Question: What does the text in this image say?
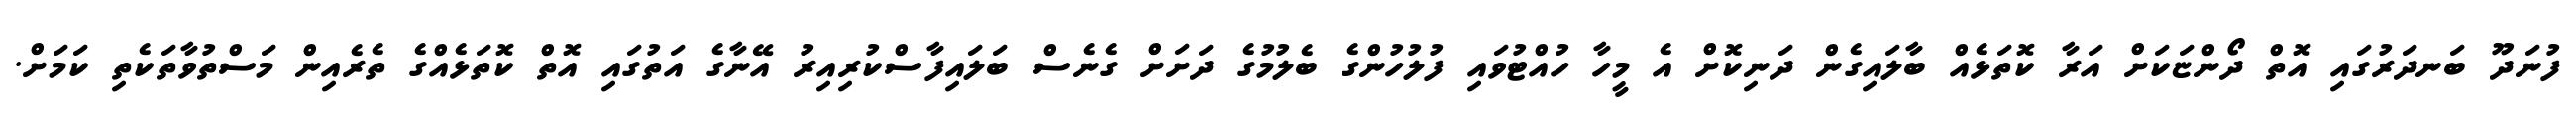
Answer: ފުނަދޫ ބަނދަރުގައި އޮތް ދޯންޏަކަށް އަރާ ކޮތަޅެއް ބާލައިގެން ދަނިކޮށް އެ މީހާ ހުއްޓުވައި ފުލުހުންގެ ބެލުމުގެ ދަށަށް ގެނެސް ބަލައިފާސްކުރިއިރު އޭނާގެ އަތުގައި އޮތް ކޮތަޅެއްގެ ތެރެއިން މަސްތުވާތަކެތި ކަމަށް.